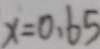
x = 0 . 6 5